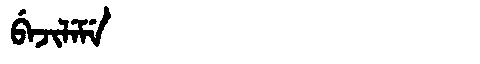
Manchu: ᠪᡝᠵᡳᠯᡝᠮᡝ
Romanization: BEJILEME